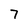
Character: 7